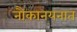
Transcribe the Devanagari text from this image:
नौकानयनात